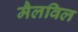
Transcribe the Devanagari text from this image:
मैलविल